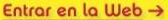

				Entrar en la Web →